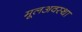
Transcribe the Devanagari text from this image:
मूलअवस्था